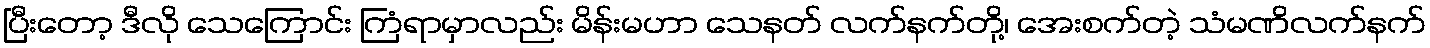
ပြီးတော့ ဒီလို သေကြောင်း ကြံရာမှာလည်း မိန်းမဟာ သေနတ် လက်နက်တို့၊ အေးစက်တဲ့ သံမဏိလက်နက်